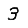
Digit: 3